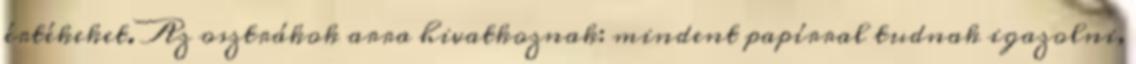
értékeket. Az osztrákok arra hivatkoznak: mindent papírral tudnak igazolni,